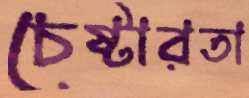
চেষ্টারতা